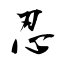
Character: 忍